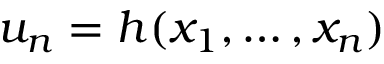
u _ { n } = h ( x _ { 1 } , \ldots , x _ { n } )